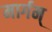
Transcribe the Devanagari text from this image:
मार्गम्